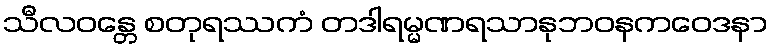
သီလဝန္တေ စတုရဿကံ တဒါရမ္မဏရသာနုဘဝနကဝေဒနာ